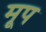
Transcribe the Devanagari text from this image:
मूप